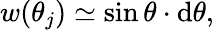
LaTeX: w(\theta_{j})\simeq\sin\theta\cdot\mathrm{d}\theta,